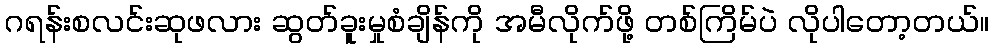
ဂရန်းစလင်းဆုဖလား ဆွတ်ခူးမှုစံချိန်ကို အမီလိုက်ဖို့ တစ်ကြိမ်ပဲ လိုပါတော့တယ်။